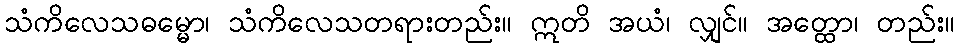
သံကိလေသဓမ္မော၊ သံကိလေသတရားတည်း။ ဣတိ အယံ၊ လျှင်။ အတ္ထော၊ တည်း။